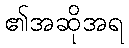
၏အဆိုအရ